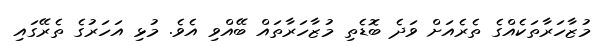
މުޒާހަރާތަކެއްގެ ތެރެއަށް ވަދެ ބޮޑެތި މުޒާހަރާތައް ބޭއްވި އެވެ. މުޅި އަހަރުގެ ތެރޭގައި